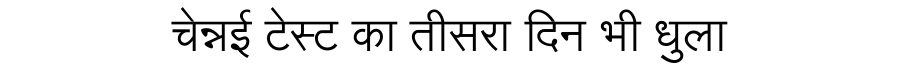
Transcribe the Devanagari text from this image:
चेन्नई टेस्ट का तीसरा दिन भी धुला